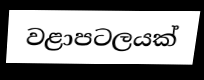
වළාපටලයක්